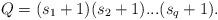
LaTeX: \begin{align*}Q=(s_1+1)(s_2+1)...(s_q+1).\end{align*}